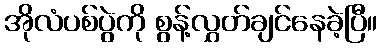
အိုလံပစ်ပွဲကို စွန့်လွှတ်ချင်နေခဲ့ပြီ။